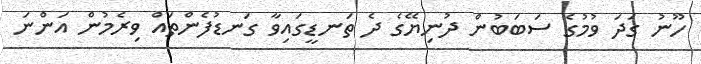
ހޫނު ގަދަ ވުމުގެ ސަބަބުން ދުނިޔޭގެ ދެ ތަނޑީގައިވާ ގަނޑުފެންތައް ވިރެމުން އަންނަ